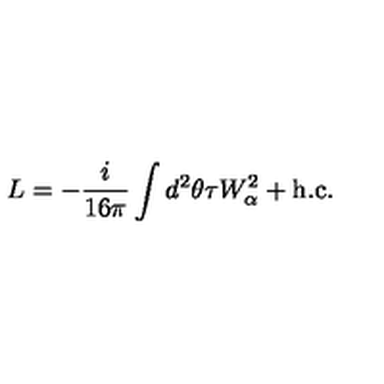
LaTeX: L = - \frac { i } { 1 6 \pi } \int d ^ { 2 } \theta \tau W _ { \alpha } ^ { 2 } + \mathrm { h . c . }